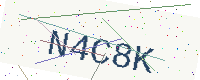
Text: N4C8K